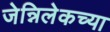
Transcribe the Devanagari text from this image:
जेन्निलेकच्या